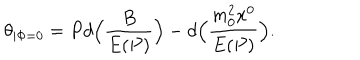
\theta _ { \mid \Phi = 0 } = P d \Bigl ( \frac { B } { E ( P ) } \Bigr ) - d \Bigl ( \frac { m _ { 0 } ^ { 2 } x ^ { 0 } } { E ( { P } ) } \Bigr ) .